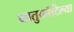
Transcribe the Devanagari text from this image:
धातुकौटिल्या